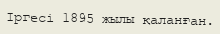
Іргесі 1895 жылы қаланған.